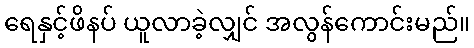
ရေနှင့်ဖိနပ် ယူလာခဲ့လျှင် အလွန်ကောင်းမည်။